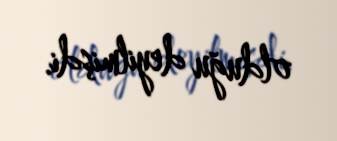
olduğu deyilmişdi.